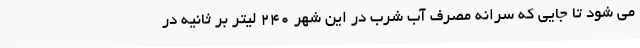
می شود تا جایی که سرانه مصرف آب شرب در این شهر ۲۴۰ لیتر بر ثانیه در